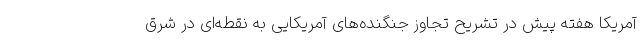
آمریکا هفته پیش در تشریح تجاوز جنگنده‌های آمریکایی به نقطه‌ای در شرق